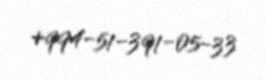
+994-51-391-05-33